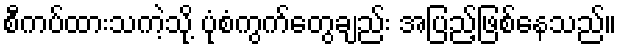
စီကပ်ထားသကဲ့သို့ ပုံစံကွက်တွေချည်း အပြည့်ဖြစ်နေသည်။